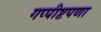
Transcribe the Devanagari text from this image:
गप्पीष्टपणा